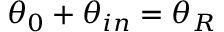
\theta _ { 0 } + \theta _ { i n } = \theta _ { R }